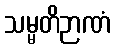
သမ္မတိဉာဏံ